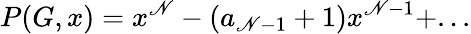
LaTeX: P(G,x)=x^{\mathscr{N}}-(a_{\mathscr{N}-1}+1)x^{\mathscr{N}-1}+...